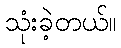
သုံးခဲ့တယ်။